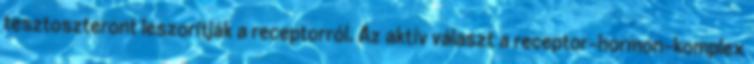
tesztoszteront leszorítják a receptorról. Az aktív választ a receptor-hormon-komplex